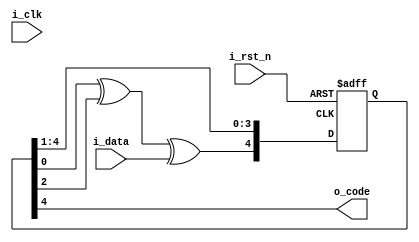
module data_encrypt
	(
		input i_rst_n,//低有效
		input i_clk,

		input i_data,
		output o_code
	);

	reg[4:0] r_shift;

	assign o_code = r_shift[4];



	always@(negedge i_rst_n, posedge clk )
	begin
		if(~i_rst_n)
			r_shift <= 5'b0;
		else
		begin
			r_shift[3:0] <= r_shift[4:1];
			r_shift[4] <= r_shift[0] ^ r_shift[2] ^ i_data;
		end
	end

endmodule